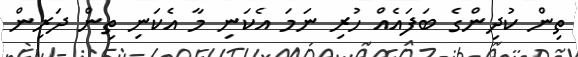
ތިން ކުދިންގެ ބަފައެއް ހުރި ނަމަ އެކަނި މާ އެކަނި ތިން ދަރިން